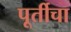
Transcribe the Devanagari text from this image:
पूर्तीचा